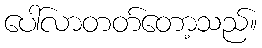
ပေါ်လာတတ်တော့သည်။